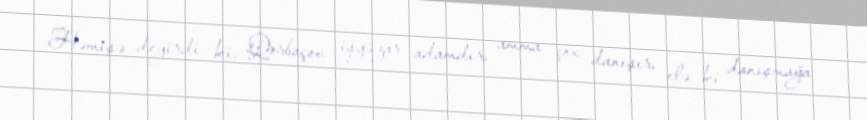
Həmişə deyirdi ki, Qorbaçov işgüzar adamdır, amma çox danışır, elə ki danışmağa